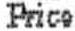
PRICE